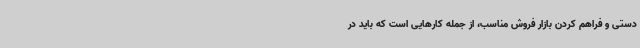
دستی و فراهم کردن بازار فروش مناسب، از جمله کارهایی است که باید در